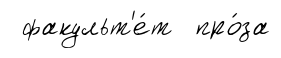
факульт'е́т про́за